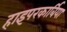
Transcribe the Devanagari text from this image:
हाइपरकार्बिया